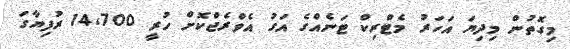
މިގޮތުން މިދިޔަ އަހަރު މެޓްރިކް ޓަނެއްގެ އަގު އެވްރެޖްކޮށް ހުރީ 14